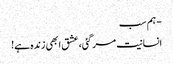
- ہم سب
انسانیت مر گئی، عشق ابھی زندہ ہے!